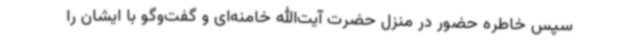
سپس خاطره حضور در منزل حضرت آیت‌الله خامنه‌ای و گفت‌وگو با ایشان را